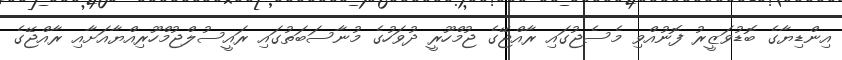
އިންޑިޔާގެ ބޮޑުވަޒީރު ފޮނުއްވި މެސެޖުގައި ރާއްޖޭގެ ޖުމްހޫރީ ދުވަހުގެ މުނާސަބަތުގައި ރައީސުލްޖުމްހޫރިއްޔާއަށާއި ރާއްޖޭގެ